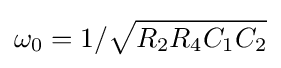
\omega _{0}=1/{\sqrt {R_{2}R_{4}C_{1}C_{2}}}